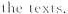
the texts.